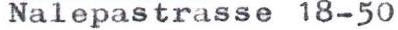
Nalepastrasse 18-50